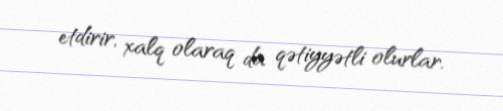
etdirir, xalq olaraq da qətiyyətli olurlar.